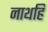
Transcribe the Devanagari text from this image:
नाथहि